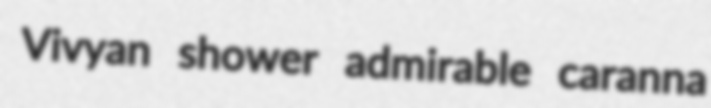
Vivyan shower admirable caranna